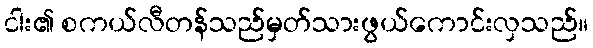
ငါး၏ စကယ်လီတန်သည်မှတ်သားဖွယ်ကောင်းလှသည်။